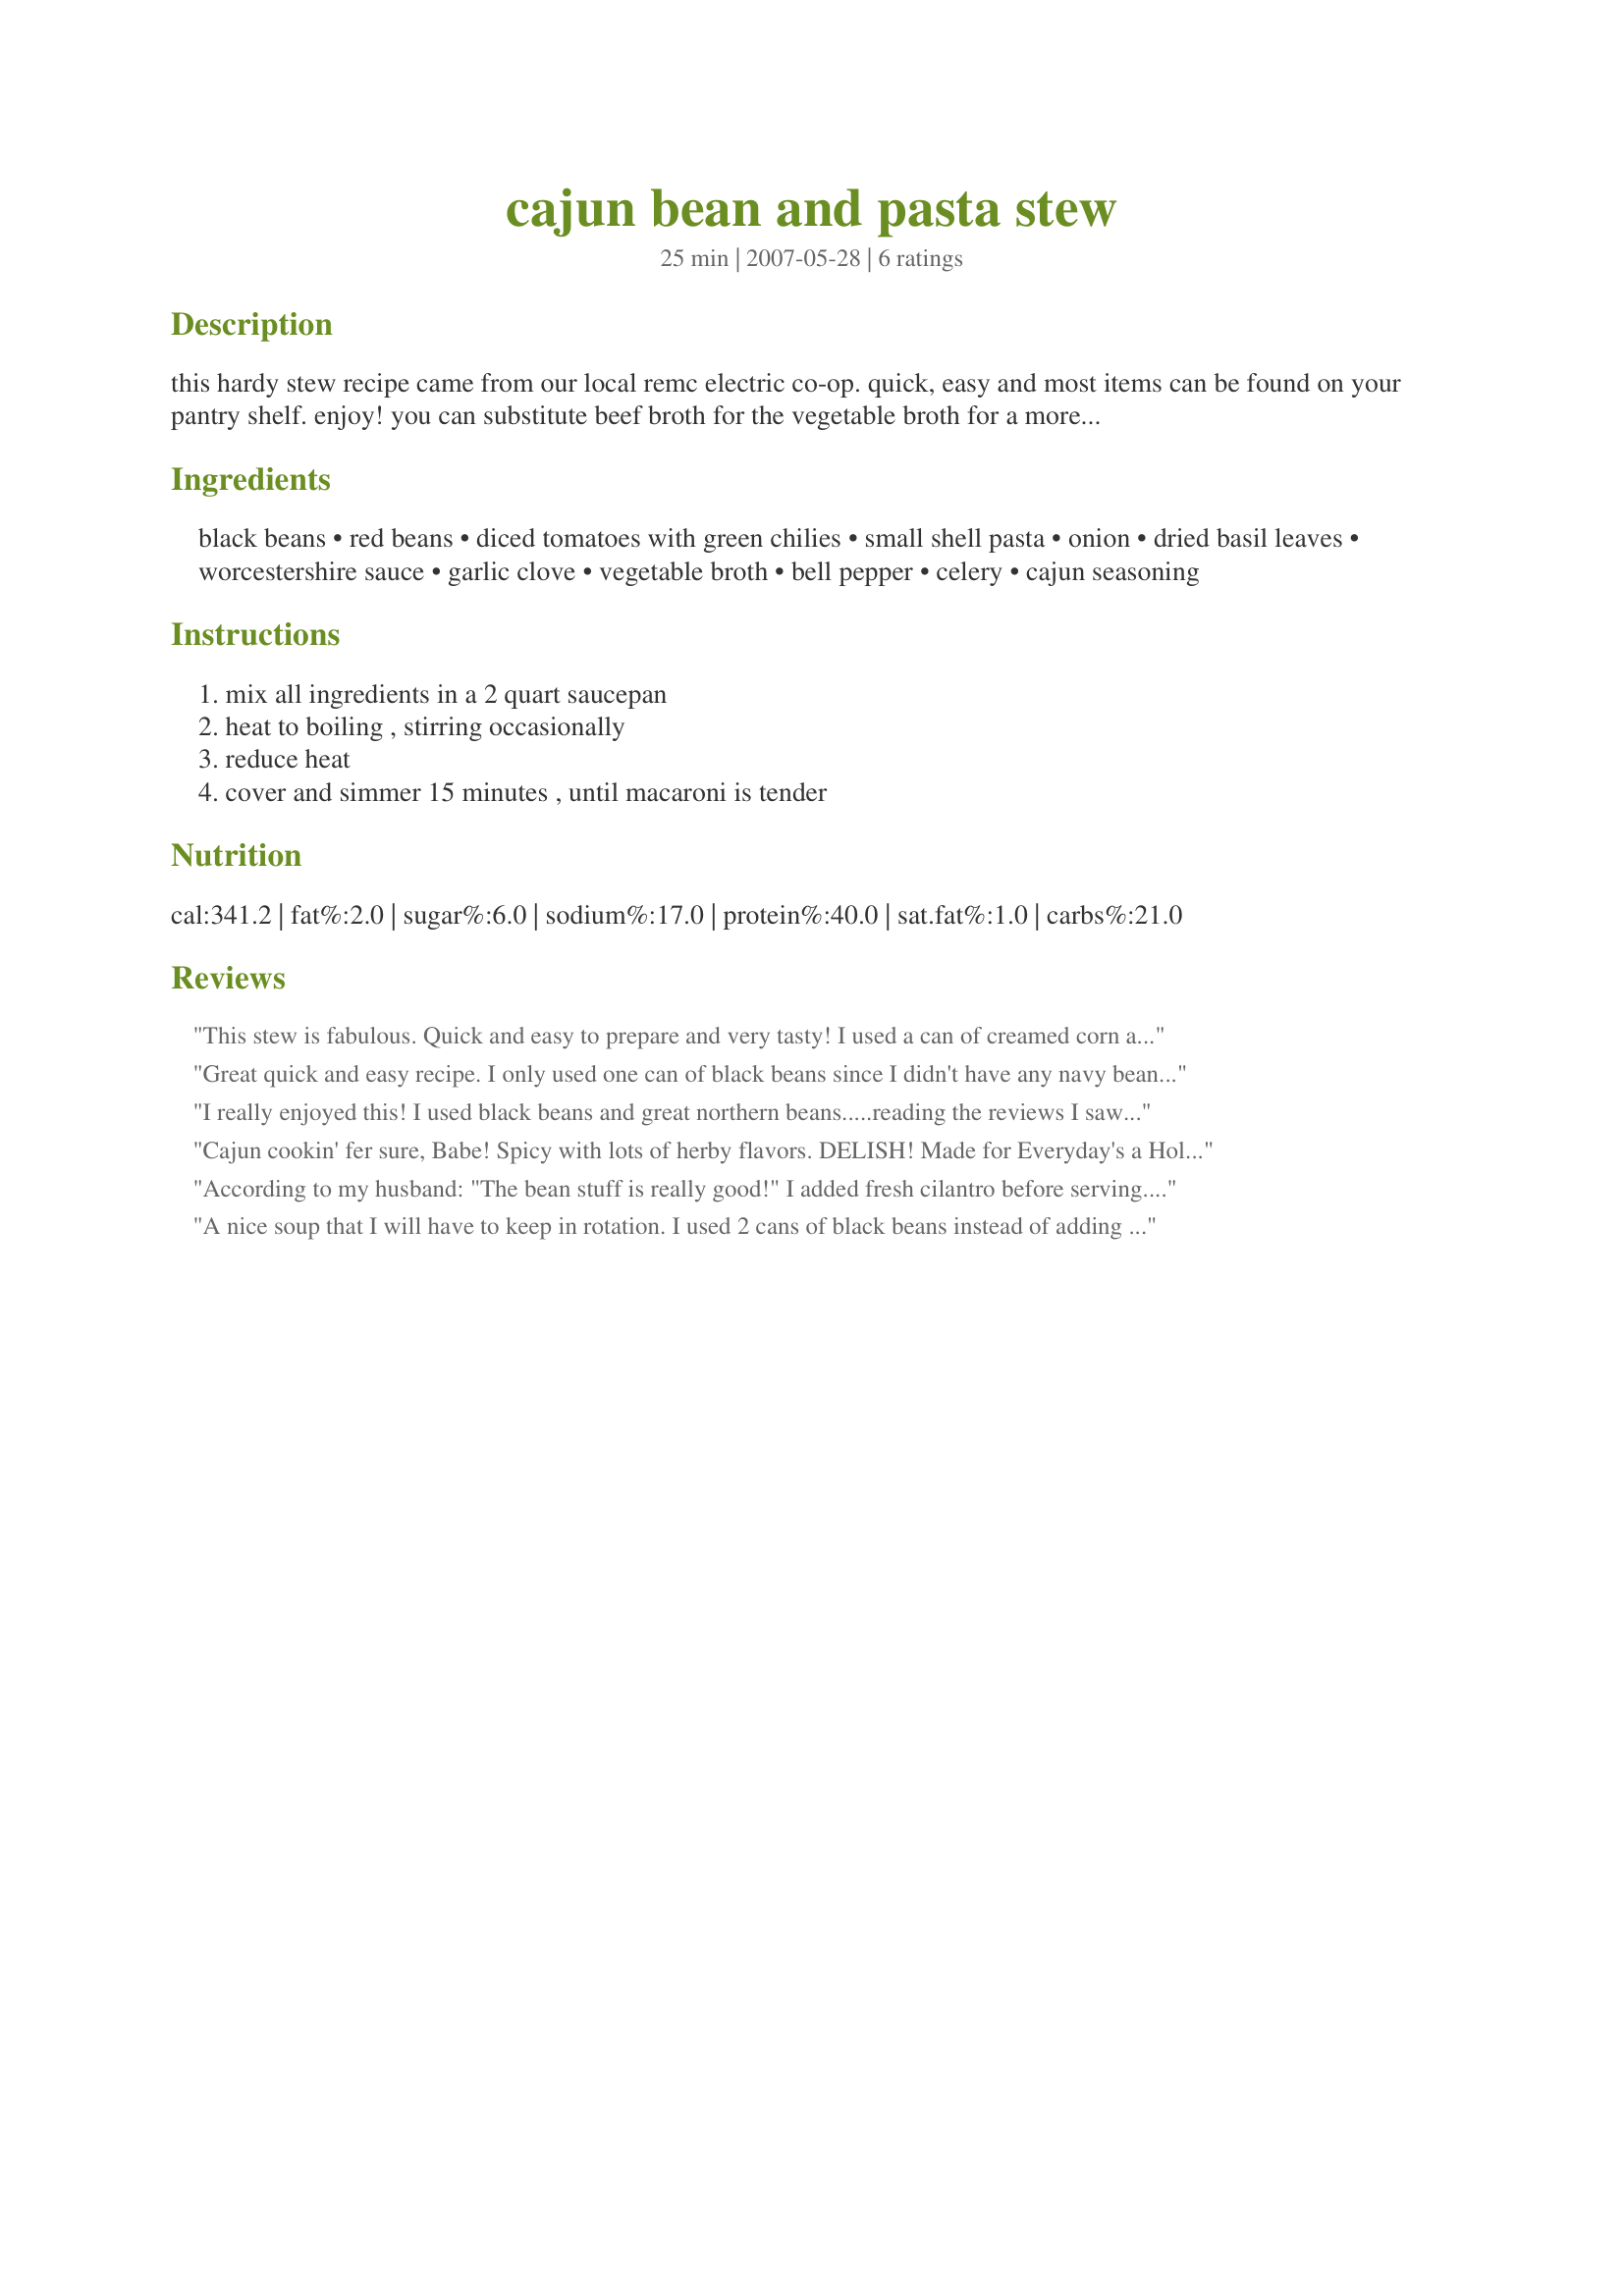
cajun bean and pasta stew
Preparation time: 25 minutes

this hardy stew recipe came from our local remc electric co-op. quick, easy and most items can be found on your pantry shelf. enjoy! you can substitute beef broth for the vegetable broth for a more hearty stew.

Ingredients:
black beans, red beans, diced tomatoes with green chilies, small shell pasta, onion, dried basil leaves, worcestershire sauce, garlic clove, vegetable broth, bell pepper, celery, cajun seasoning

Steps:
mix all ingredients in a 2 quart saucepan, heat to boiling , stirring occasionally, reduce heat, cover and simmer 15 minutes , until macaroni is tender

Reviews:
This stew is fabulous. Quick and easy to prepare and very tasty! I used a can of creamed corn and some kielbasa along with the listed ingredients. Will do that again!
Great quick and easy recipe.
I only used one can of black beans since I didn't have any navy beans and I think probably twice as much vegetable broth.
I only had regular canned tomatoes so added a chopped jalepeno.
I whipped this up first thing in the morning since I have a full house so everyone could just have it when they wanted and ended up having it for my breakfast. LOL
Very tasty
Thanks for posting
Made for Newest Zaar tag Dec 2008
I really enjoyed this! I used black beans and great northern beans.....reading the reviews I saw most used navy beans instead of kidney/red beans, so picked northern beans. I used chicken broth instead of the vegetable broth. Love the slight hint of heat from the green chiles. This was very filling and quick and easy to make! Thanks for sharing such a great recipe. Once again, BakinBaby gets it done!
Cajun cookin' fer sure, Babe! Spicy with lots of herby flavors. DELISH!
Made for Everyday's a Holiday Tag Game and Ragin' Cajun in Cooking Photos.
According to my husband: "The bean stuff is really good!" I added fresh cilantro before serving. It accompanies meat nicely. Thanks for an easy, nice recipe BakinBaby.
A nice soup that I will have to keep in rotation. I used 2 cans of black beans instead of adding navy beans. I also added some cubed chicken to the soup. Made for 123 HITS
